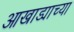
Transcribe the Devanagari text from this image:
आखाड्याच्या